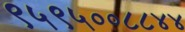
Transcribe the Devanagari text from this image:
९५९५००८८४४